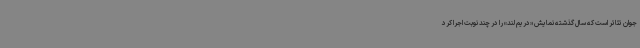
جوان تئاتر است که سال گذشته نمایش «دریم لند» را در چند نوبت اجرا کرد